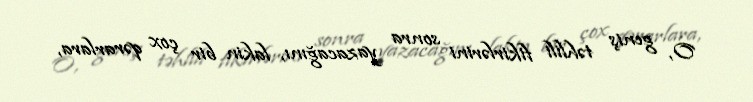
O, geniş təhlili fikirlərini sonra yazacağını, lakin bir çox qərarlara,